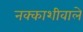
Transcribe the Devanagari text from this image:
नक्काशीवाले